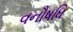
વનૌષધિ